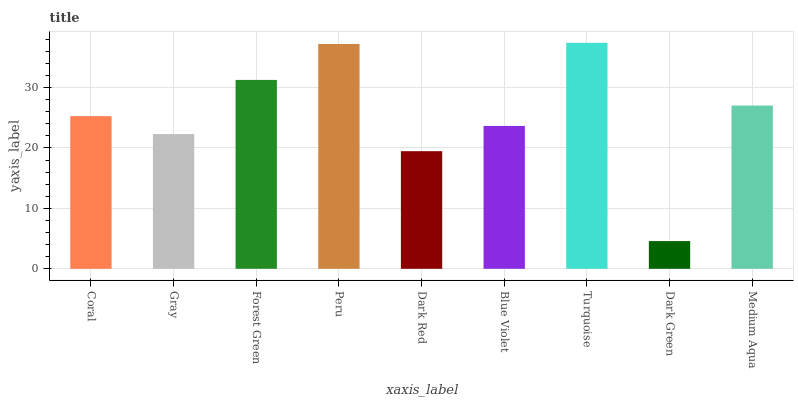
| xaxis_label | bars |
 | --- | --- |
 | Coral | 25.3 |
 | Gray | 22.3 |
 | Forest Green | 31.3 |
 | Peru | 37.2 |
 | Dark Red | 19.5 |
 | Blue Violet | 23.7 |
 | Turquoise | 37.4 |
 | Dark Green | 4.59 |
 | Medium Aqua | 27 |